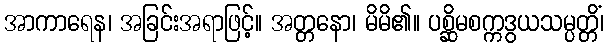
အာကာရေန၊ အခြင်းအရာဖြင့်။ အတ္တနော၊ မိမိ၏။ ပစ္ဆိမစက္ကဒွယသမ္ပတ္တိံ၊